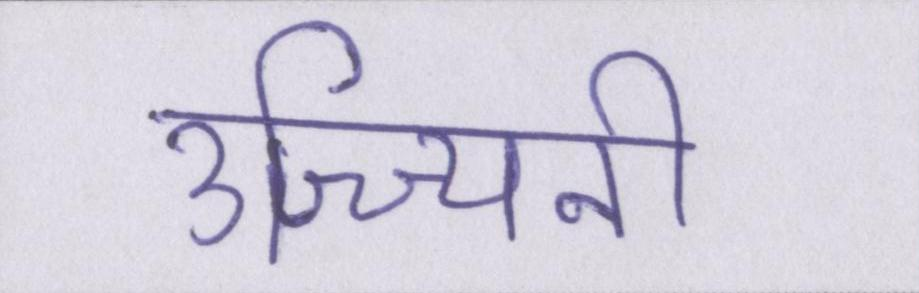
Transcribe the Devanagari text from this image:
उज्ज्यिनी